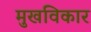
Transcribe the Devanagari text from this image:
मुखविकार